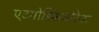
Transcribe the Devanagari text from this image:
एटमोस्फियरिक